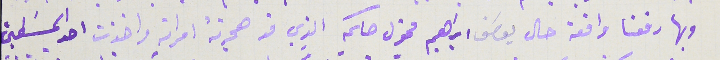
وبها رفعنا واقعة حال يوسَف ابراهيم مخول حكمه الذي قد هجرتهً امراته واخذت احد المسَلمين